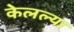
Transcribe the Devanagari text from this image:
केलल्या